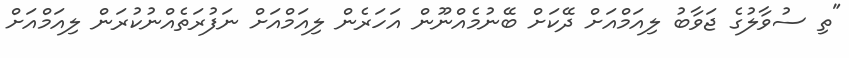
"ތި ސުވާލުގެ ޖަވާބު ލިއަމްއަށް ދޭކަށް ބޭނުމެއްނޫން އަހަރެން ލިއަމްއަށް ނަފުރަތެއްނުކުރަން ލިއަމްއަށް